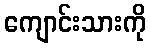
ကျောင်းသားကို